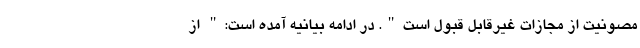
مصونیت از مجازات غیرقابل قبول است". در ادامه بیانیه آمده است:" از